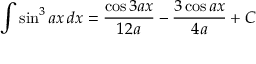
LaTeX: \int \sin ^ { 3 } { a x } \, d x = { \frac { \cos 3 a x } { 1 2 a } } - { \frac { 3 \cos a x } { 4 a } } + C